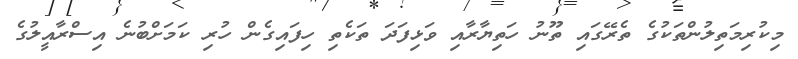
މިކުރިމަތިލުންތަކުގެ ތެރޭގައި ތޫނު ހަތިޔާރާއި ވަޅިފަދަ ތަކެތި ހިފައިގެން ހުރި ކަމަށްބުނެ އިސްރާއީލުގެ